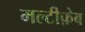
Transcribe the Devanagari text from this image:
मल्टीफ़ेब